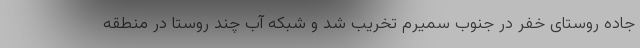
جاده روستای خَفر در جنوب سمیرم تخریب شد و شبکه آب چند روستا در منطقه